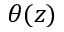
\theta ( z )